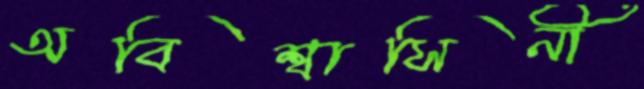
অবিশ্বাসিনী